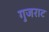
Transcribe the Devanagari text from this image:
गुजराट